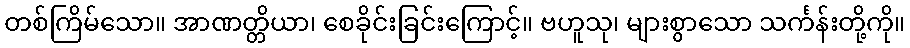
တစ်ကြိမ်သော။ အာဏတ္တိယာ၊ စေခိုင်းခြင်းကြောင့်။ ဗဟူသု၊ များစွာသော သင်္ကန်းတို့ကို။